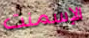
الإسمنت